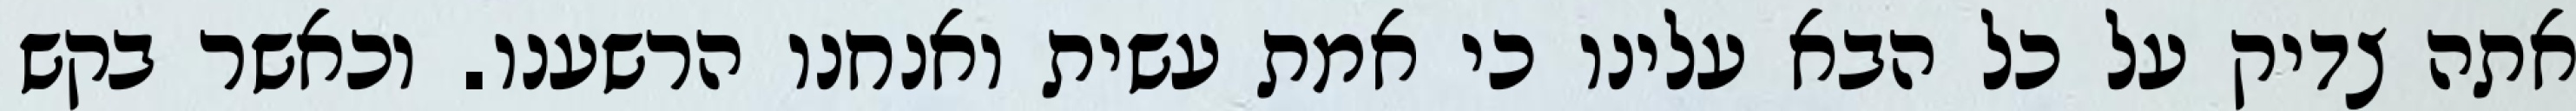
אתה צדיק על כל הבא עלינו כי אמת עשית ואנחנו הרשענו. וכאשר בקש